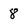
Character: 8